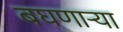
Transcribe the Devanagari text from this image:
बघणार्‍या